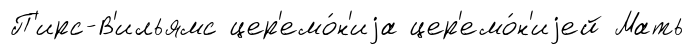
П'ирс-В'ильямс цер'емо́н'иjа цер'емо́н'иjей Мать